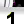
Digit: 1